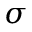
\sigma